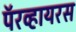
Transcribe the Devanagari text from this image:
पॅरव्हायरस